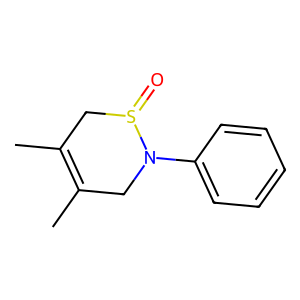
SMILES: CC1=C(C)CS(=O)N(c2ccccc2)C1
Inhibits HIV replication: No